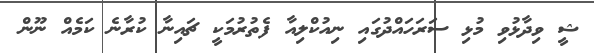
ޝީ ވިދާޅުވި މުޅި ސަރަހައްދުގައި ނިއުކްލިއާ ފެތުރުމަކީ ޗައިނާ ކުރާނެ ކަމެއް ނޫން